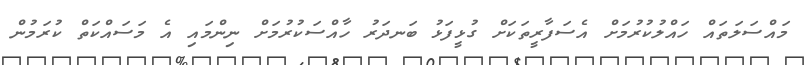
މައްސަލަތައް ހައްލުކުރުމަށް އެސަފާރީތަކަށް ގުޅީފަޅު ބަނދަރު ހާއްސަކުރުމަށް ނިންމައި އެ މަސައްކަތް ކުރަމުން